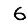
Digit: 6